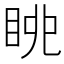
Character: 𱲴